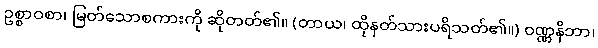
ဥစ္စာဝစာ၊ မြတ်သောစကားကို ဆိုတတ်၏။ (တာယ၊ ထိုနတ်သားပရိသတ်၏။) ဝဏ္ဏနိဘာ၊